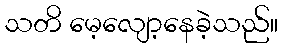
သတိ မေ့လျော့နေခဲ့သည်။